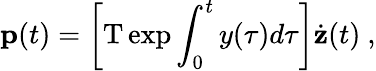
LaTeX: {\mathbf p}(t)=\left[\mathrm{T}\exp\int_{0}^{t}y(\tau)d\tau\right]\dot{\mathbf z}(t)\ ,